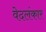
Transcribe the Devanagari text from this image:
वेदलंकार